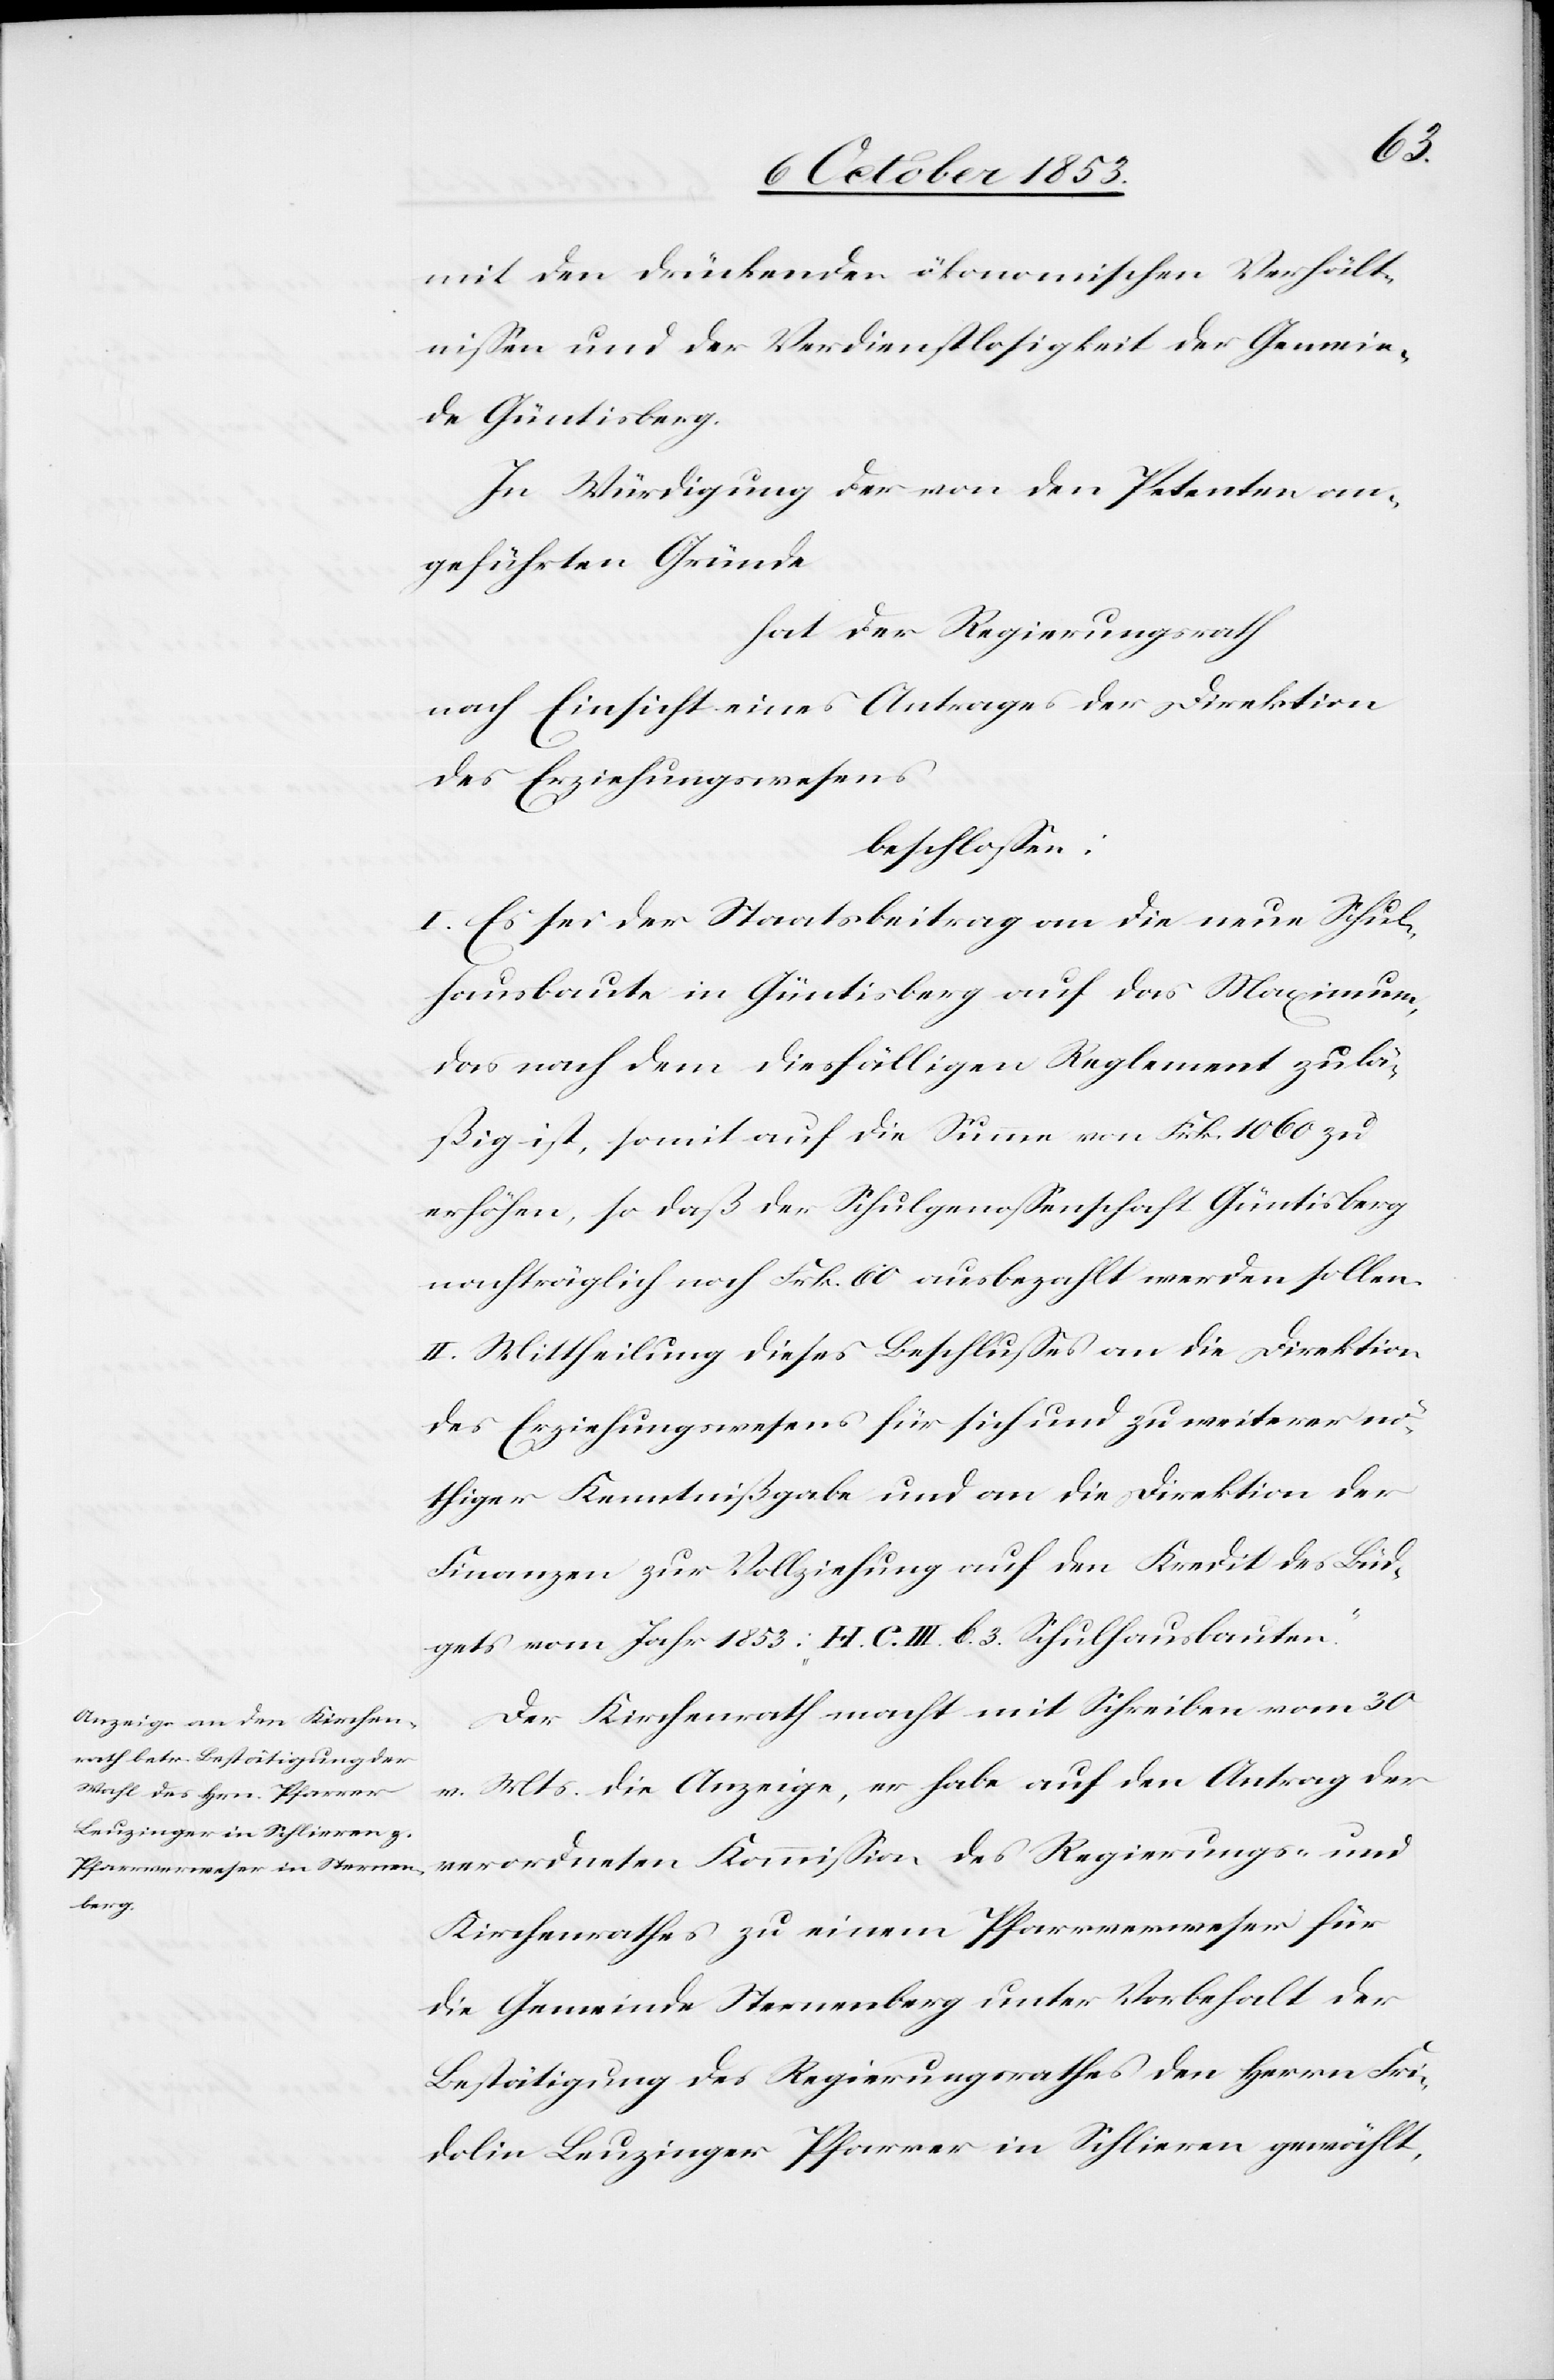
mit den drückenden ökonomischen Verhält¬
nißen und der Verdienstlosigkeit der Gemein¬
de Güntisberg.
In Würdigung der von den Petenten an¬
geführten Gründe
hat der Regierungsrath
nach Einsicht eines Antrages der Direktion
des Erziehungswesens
beschloßen:
I. Es sei der Staatsbeitrag an die neue Schul¬
hausbaute in Güntisberg auf das Maximum,
das nach dem diesfälligen Reglement zulä¬
ßig ist, somit auf die Summe von Frk. 1060 zu
erhöhen, so daß der Schulgenoßenschaft Güntisberg
nachträglich noch Frk. 60 ausbezahlt werden sollen.
II. Mittheilung dieses Beschlußes an die Direktion
des Erziehungswesens für sich und zu weiterer nö¬
thiger Kenntnißgabe und an die Direktion der
Finanzen zur Vollziehung auf den Kredit des Büd¬
gets vom Jahr 1853: „H. C. III. b. 3. Schulhausbauten.“
Der Kirchenrath macht mit Schreiben vom 30
v. Mts. die Anzeige, er habe auf den Antrag der
verordneten Kommißion des Regierungs- und
Kirchenrathes zu einem Pfarrverweser für
die Gemeinde Sternenberg unter Vorbehalt der
Bestätigung des Regierungsrathes den Herrn Fri¬
dolin Beuzinger Pfarrer in Schlieren gewählt,